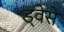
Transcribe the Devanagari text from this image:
ड्वेसे